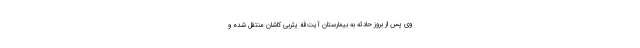
وی پس از بروز حادثه به بیمارستان‌ آیت‌الله یثربی کاشان منتقل شده و